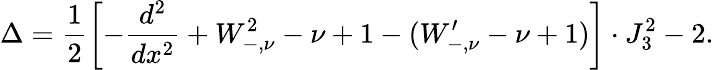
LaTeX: \Delta=\frac{1}{2}\left[-\frac{d^{2}}{dx^{2}}+W_{-,\nu}^{2}-\nu+1-(W_{-,\nu}^{\prime}-\nu+1)\right]\cdot J_{3}^{2}-2.